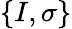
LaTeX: \{ I,\sigma\}